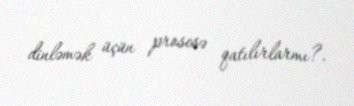
dinləmək üçün prosesə qatılırlarmı?.